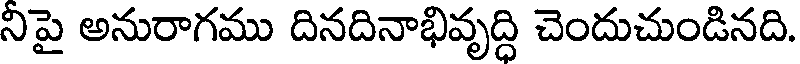
నిపై అనురాగము దినదినాభివృద్ధి చెందుచుండినది.